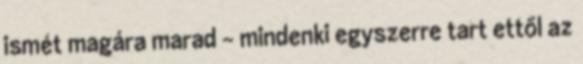
ismét magára marad – mindenki egyszerre tart ettől az